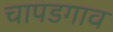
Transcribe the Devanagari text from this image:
चापडगाव